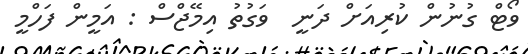
ވޯޓް ގުނުން ކުރިއަށް ދަނީ  ވަގުތު އިމޭޖްސް : އަމީން ފަހްމީ